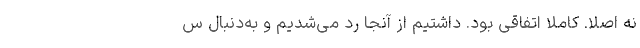
نه اصلا. کاملا اتفاقی بود. داشتیم از آنجا رد می‌شدیم و به‌دنبال س